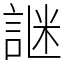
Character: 䛧